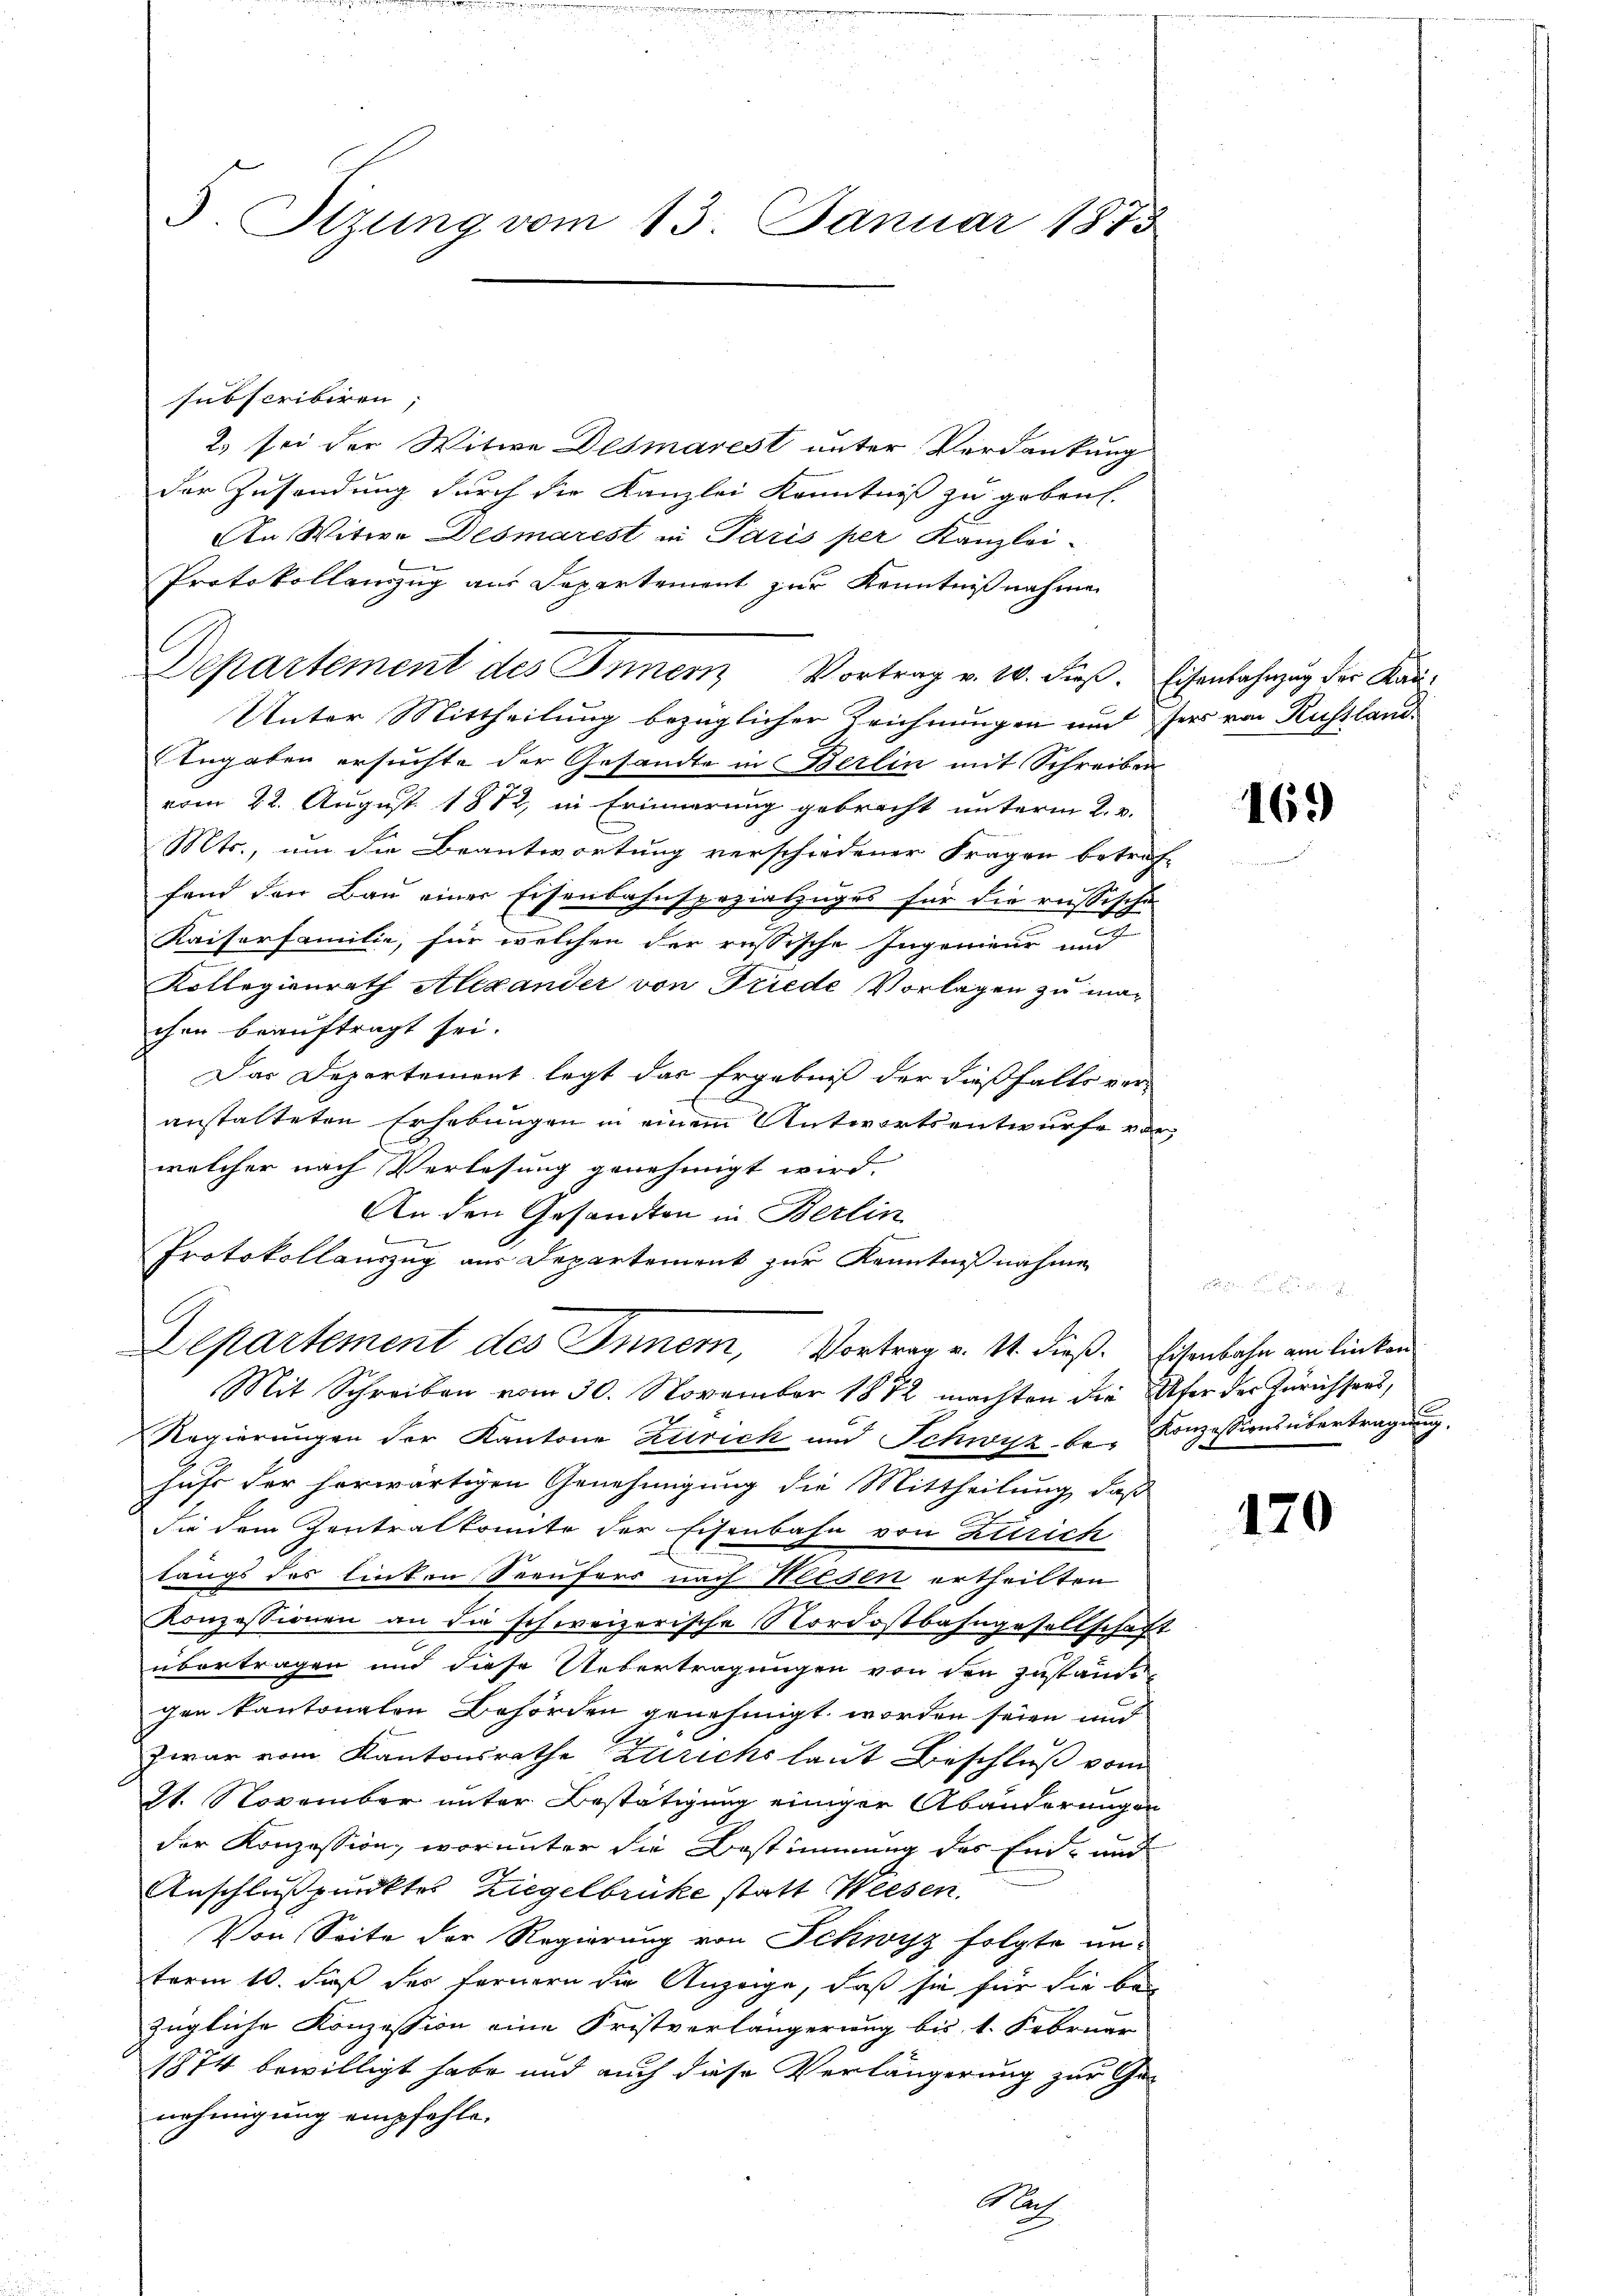
3. Itzung vom 13. Januar 1875

subscribiren;
2) sei der Witwe Desmarest unter Verdankung
der Zusendung durch die Kanzlei Kenntniß zu gebens-
An Witwe Desmarest in Paris per Kanzlei-
Protokollanzug aus Departement zur Kenntnißnahme
Departement des Innen Vortrag v. 20. dieß. Eisenbahnzug der Kan¬
Unter Mittheilung bezüglicher Zeichnungen und der von Russland
Angaben ersuchte der Gesandte in Berlin mit Schreiben
vom 22. August 1882, in Erinnerung gebracht unterm 2. v.
Mts., um die Beantwortung verschiedener Fragen betraf-
fend den Bau einer Eisenbahnspezialzuges für die russische
Kaiserfamilie, für welchen der russische Ingenieur und
Kollegienrath Alexander von Friede Vorlagen zu machen beauftragt sei.
Das Departement legt das Ergebniß der dießfalls veranstalteten Erhebungen in einem Antwortsentwurfe vor,
welcher nach Verlesung genehmigt wird.
An den Gesandten in Berlin
m
Protokollauszug aus Departement zur Kenntnißnahme
Departement des Innern, Vortrag v. 14. dieß. Eisenbahn am linken
Mit Schreiben vom 30. November 1872 machten die Ufer der Zürichters,
Regierungen der Kantone Zürich und Schwyz, der Konzessionenbertragung.
haft der herwärtigen Genehmigung die Mittheilung, daß
Sie dem Zentralkomite der Eisenbahn von Zürich
längs des linken Seeufers nach Heisen ertheilten
Konzessionen an die schweizerische Nordostbahngesellschaft
übertragen und diese Uebertragungen von den Zuständigen kantonalen Behörden genehmigt worden seien und
zwar vom Kantonsrathe Zürichs laut Beschluß vom
21. November unter Bestätigung einiger Abänderungen
der Konzession, worunter die Bestimmung des Ein- und
Anschlußpunktes Ziegelbrüke statt Weesen.
Von Seite der Regierung von Schwyz folgte un-
term 10. daß des Fernern die Anzeige, daß sie für die bei
zügliche Konzession eine Fristverlängerung bis 1. Februar
1874 bewilligt habe und auch diese Verlängerung zur Ge-
nehmigung empfehle.
Haf

169

170